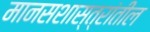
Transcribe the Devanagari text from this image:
मानसशास्त्रांतील